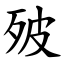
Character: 㱟